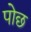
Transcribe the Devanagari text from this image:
पोछ